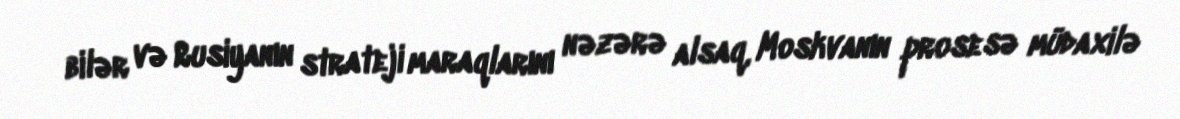
bilər və Rusiyanın strateji maraqlarını nəzərə alsaq, Moskvanın prosesə müdaxilə